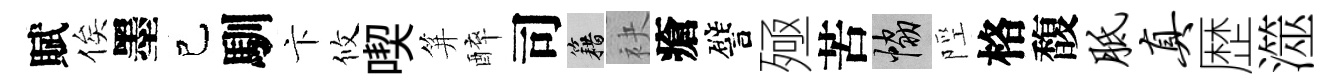
賦俟墨己馴卞攸喫笄醉司籍袂瘡譬殛苦協陘格馥胝真歴澨